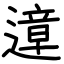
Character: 遧